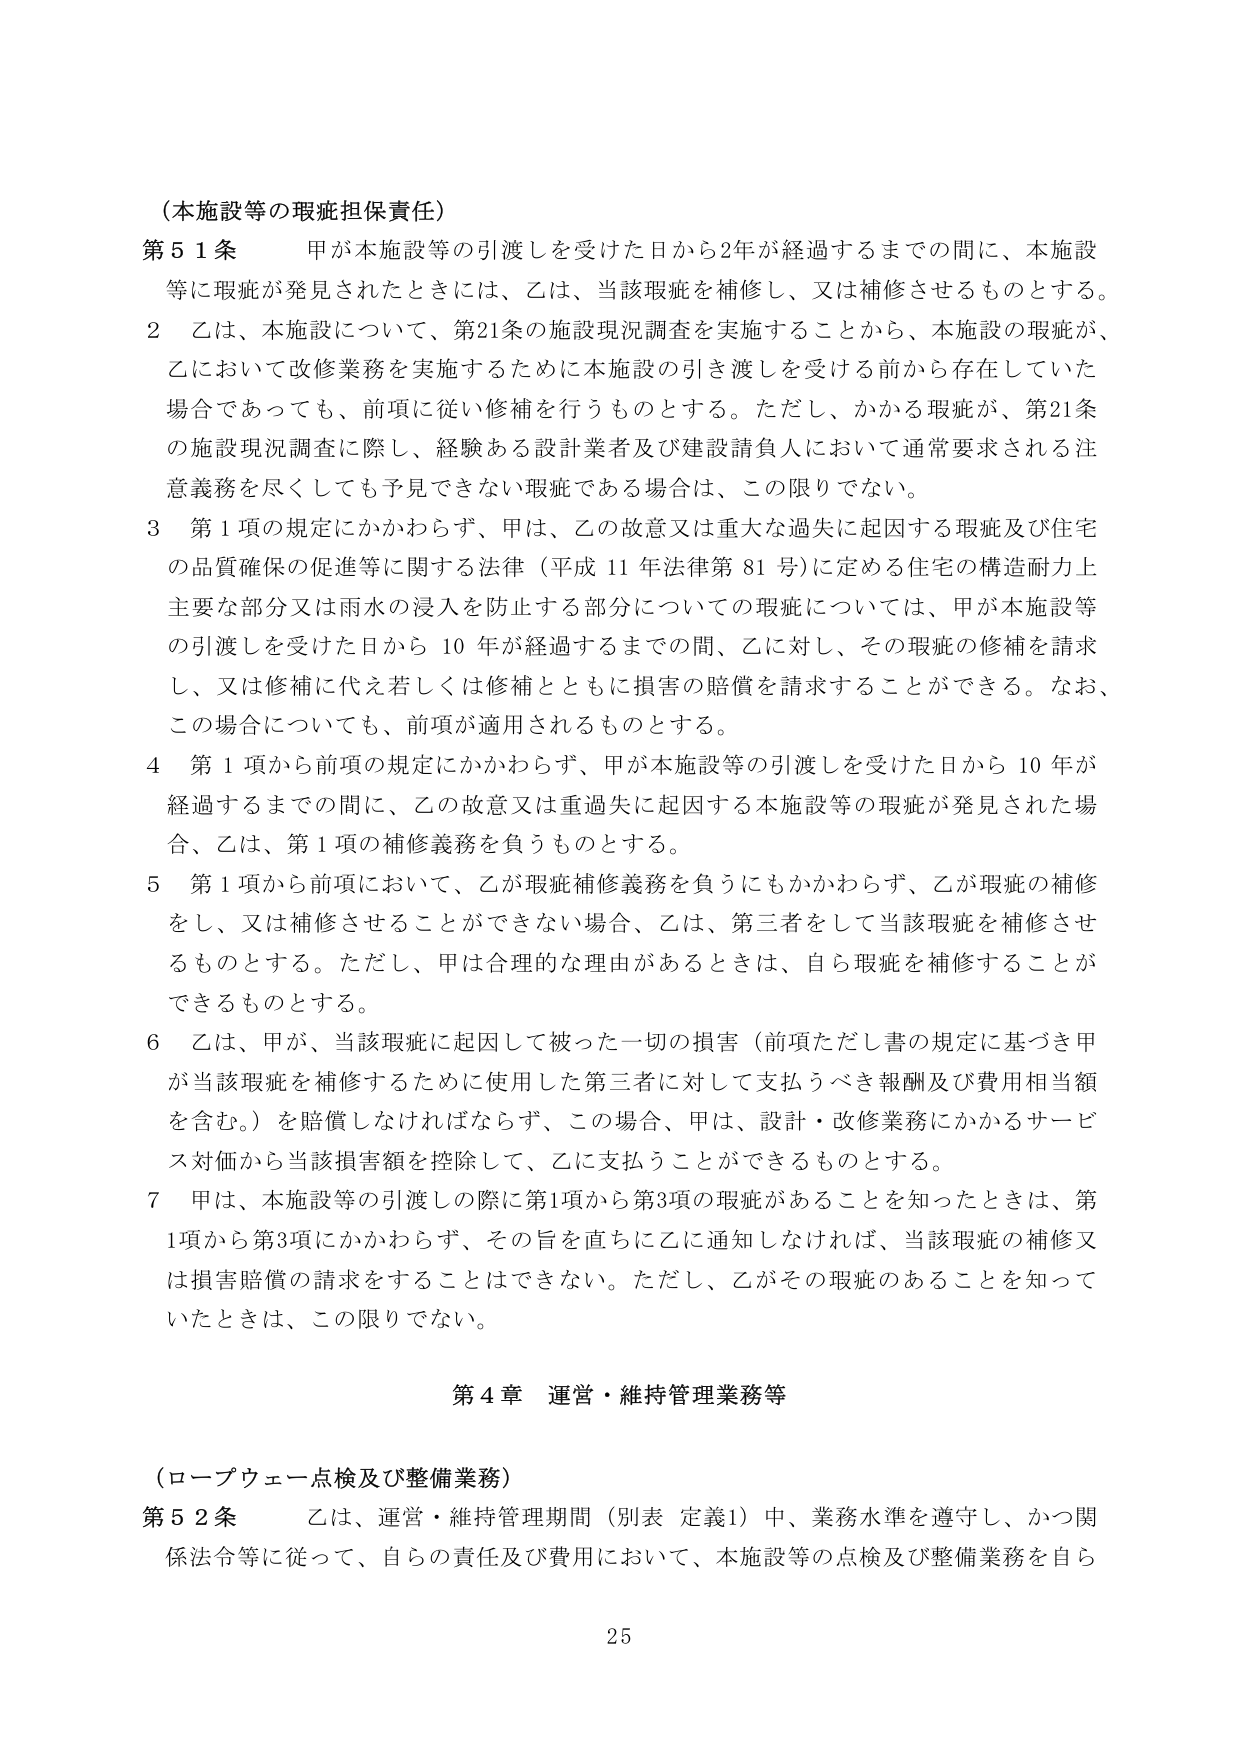
（本施設等の瑕疵担保責任）

第51条　甲が本施設等の引渡しを受けた日から2年が経過するまでの間に、本施設等に瑕疵が発見されたときには、乙は、当該瑕疵を補修し、又は補修させるものとする。

2　乙は、本施設について、第21条の施設現況調査を実施することから、本施設の瑕疵が、乙において改修業務を実施するために本施設の引き渡しを受ける前から存在していた場合であっても、前項に従い修補を行うものとする。ただし、かかる瑕疵が、第21条の施設現況調査に際し、経験ある設計業者及び建設請負人において通常要求される注意義務を尽くしても予見できない瑕疵である場合は、この限りでない。

3　第1項の規定にかかわらず、甲は、乙の故意又は重大な過失に起因する瑕疵及び住宅の品質確保の促進等に関する法律（平成11年法律第81号）に定める住宅の構造耐力上主要な部分又は雨水の浸入を防止する部分についての瑕疵については、甲が本施設等の引渡しを受けた日から10年が経過するまでの間、乙に対し、その瑕疵の修補を請求し、又は修補に代え若しくは修補とともに損害の賠償を請求することができる。なお、この場合についても、前項が適用されるものとする。

4　第1項から前項の規定にかかわらず、甲が本施設等の引渡しを受けた日から10年が経過するまでの間に、乙の故意又は重過失に起因する本施設等の瑕疵が発見された場合、乙は、第1項の補修義務を負うものとする。

5　第1項から前項において、乙が瑕疵補修義務を負うにもかかわらず、乙が瑕疵の補修をし、又は補修させることができない場合、乙は、第三者をして当該瑕疵を補修させるものとする。ただし、甲は合理的な理由があるときは、自ら瑕疵を補修することができるものとする。

6　乙は、甲が、当該瑕疵に起因して被った一切の損害（前項ただし書の規定に基づき甲が当該瑕疵を補修するために使用した第三者に対して支払うべき報酬及び費用相当額を含む。）を賠償しなければならず、この場合、甲は、設計・改修業務にかかるサービス対価から当該損害額を控除して、乙に支払うことができるものとする。

7　甲は、本施設等の引渡しの際に第1項から第3項の瑕疵があることを知ったときは、第1項から第3項にかかわらず、その旨を直ちに乙に通知しなければ、当該瑕疵の補修又は損害賠償の請求をすることはできない。ただし、乙がその瑕疵のあることを知っていたときは、この限りでない。

第4章　運営・維持管理業務等

（ロープウェー点検及び整備業務）

第52条　乙は、運営・維持管理期間（別表 定義1）中、業務水準を遵守し、かつ関係法令等に従って、自らの責任及び費用において、本施設等の点検及び整備業務を自ら

25